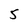
Character: 5